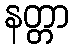
နတ္တာ